65_HS1-834228961_62-HQ-83894_Section_2
Agency: FBI
Page 110
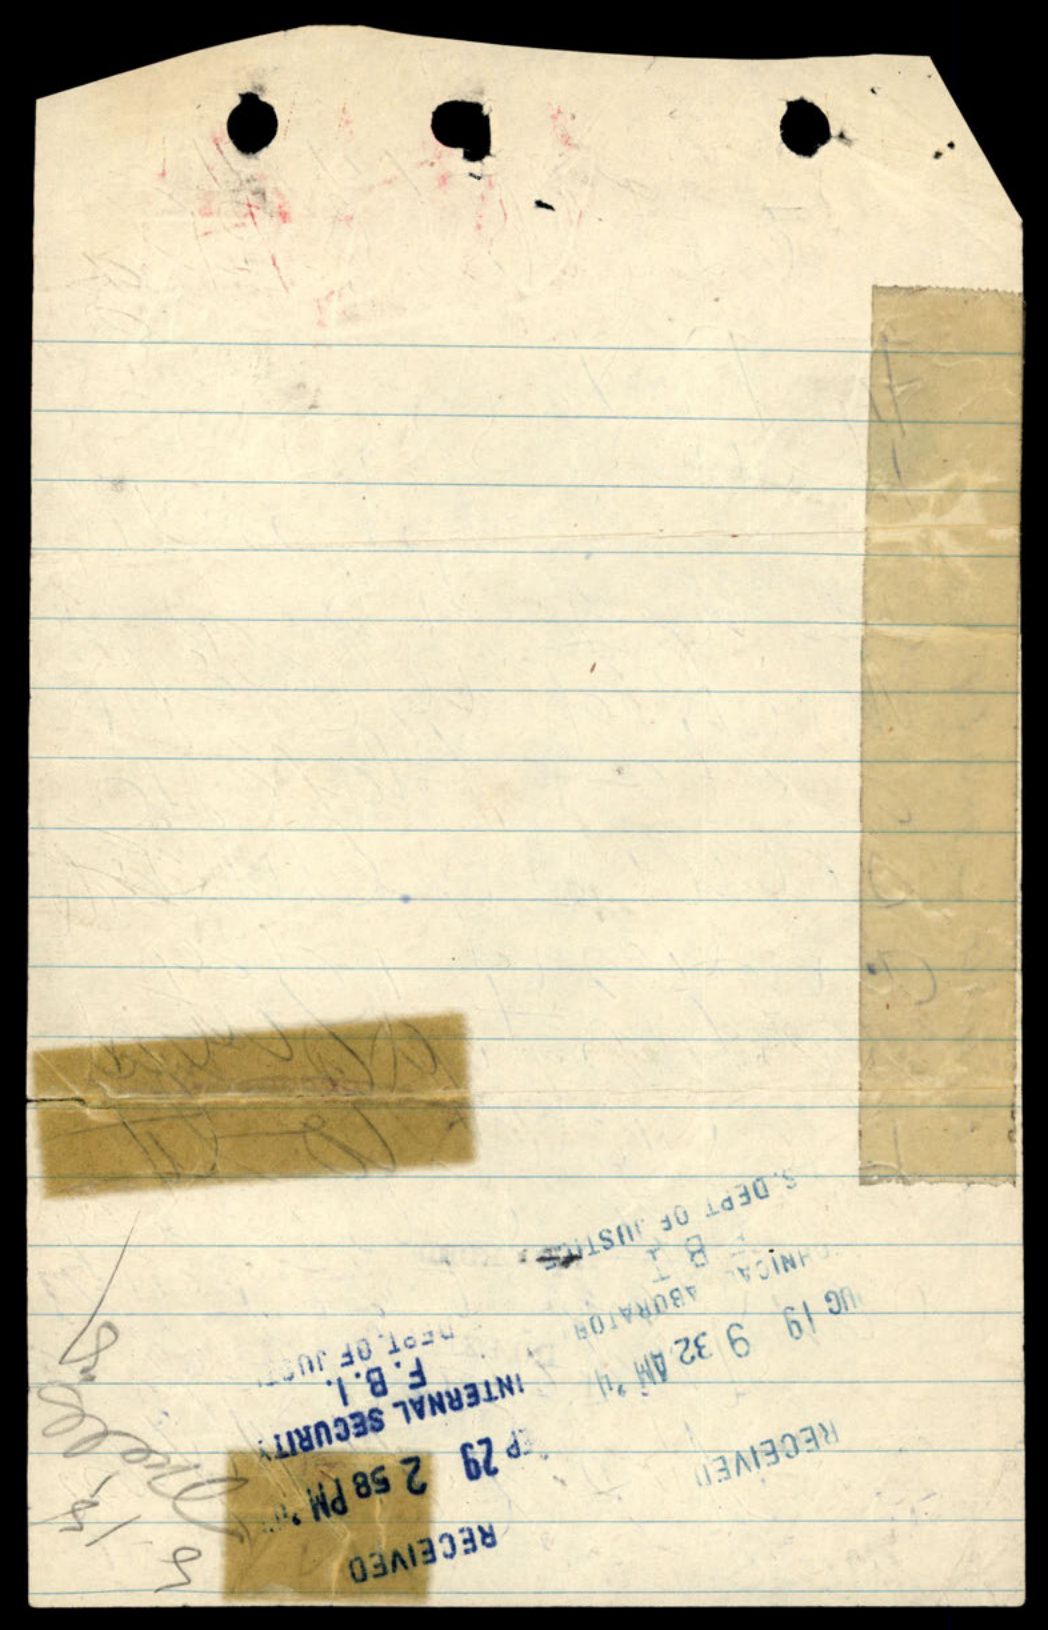